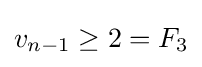
v_{n-1}\geq 2=F_{3}